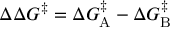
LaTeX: \Delta \Delta G ^ { \ddagger } = \Delta G _ { \mathrm { A } } ^ { \ddagger } - \Delta G _ { \mathrm { B } } ^ { \ddagger }